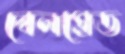
বেলগ্রেড